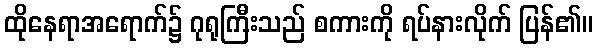
ထိုနေရာအရောက်၌ ဂုရုကြီးသည် စကားကို ရပ်နားလိုက် ပြန်၏။